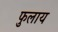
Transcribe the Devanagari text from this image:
फुलाय